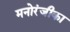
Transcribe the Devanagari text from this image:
मनोरंजीका